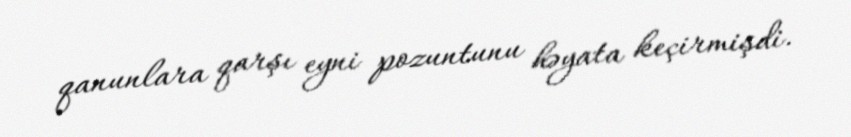
qanunlara qarşı eyni pozuntunu həyata keçirmişdi.